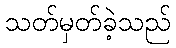
သတ်မှတ်ခဲ့သည်